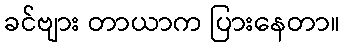
ခင်ဗျား တာယာက ပြားနေတာ။